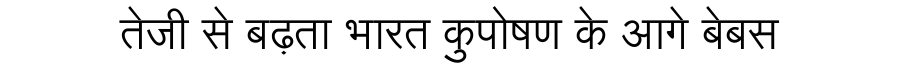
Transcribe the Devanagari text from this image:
तेजी से बढ़ता भारत कुपोषण के आगे बेबस